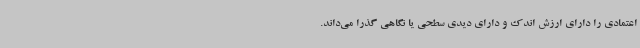
اعتمادی را دارای ارزش اندک و دارای دیدی سطحی یا نگاهی گذرا می‌داند.